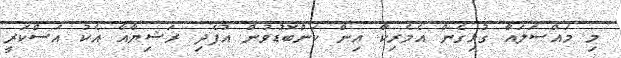
މި މަައްސަލައާ ގުޅިގެން އެމެރިކާ އިން ކަންބޮޑުވުން އުފެދި ރަޝިޔާއާ އެކު އަސްކަރީ